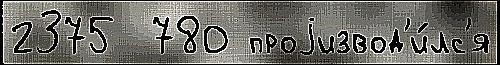
2375  780 проjизвод'и́лс'я